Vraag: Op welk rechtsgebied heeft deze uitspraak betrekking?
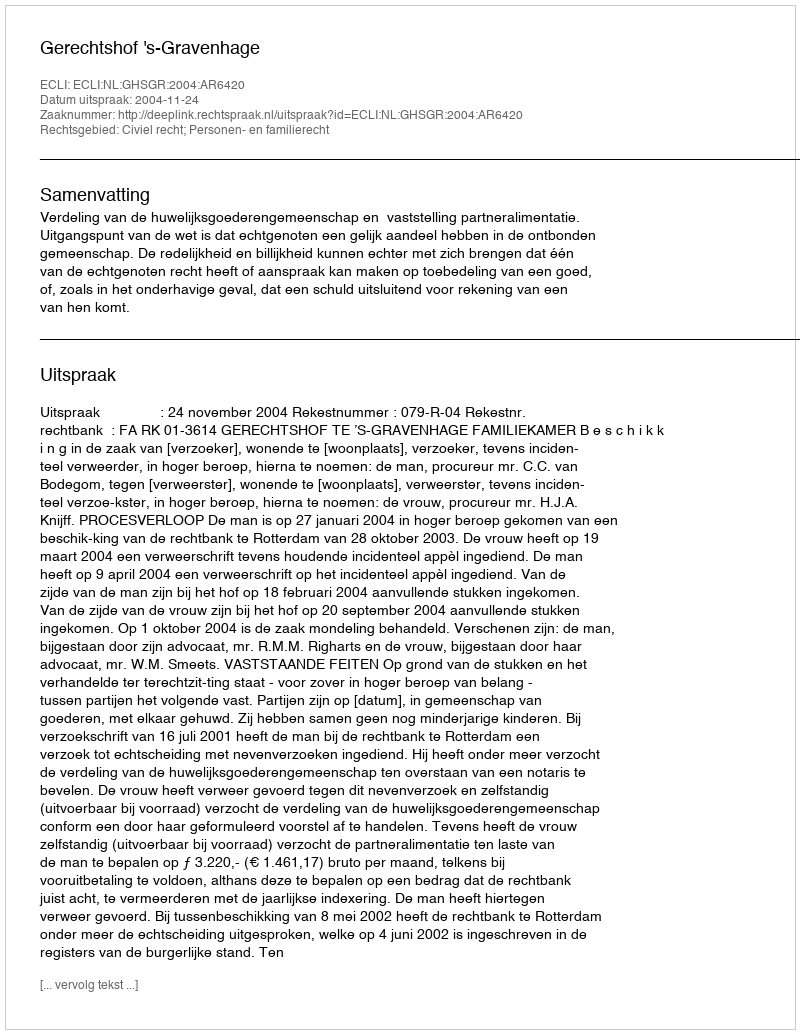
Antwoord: Civiel recht; Personen- en familierecht